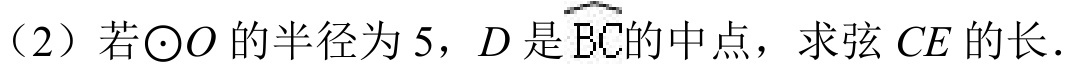
（2）若\(\odot O\)的半径为\(5\)，\(D\)是\(\overset{\frown}{BC}\)的中点，求弦\(CE\)的长．